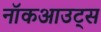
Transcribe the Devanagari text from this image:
नॉकआउट्स